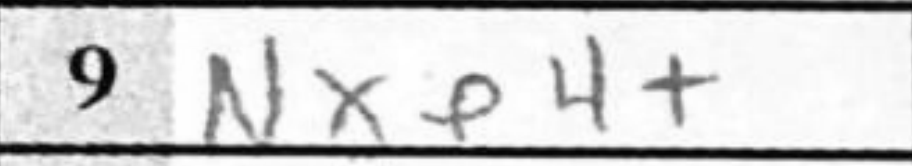
Transcription: Nxe4+